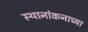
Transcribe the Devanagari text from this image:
स्थानांकनाच्या